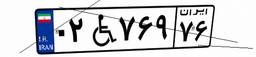
۰۲W۷۶۹۷۶